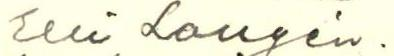
Elli Longén.